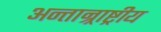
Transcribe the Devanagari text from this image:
अन्तान्र्राष्ट्रीय